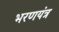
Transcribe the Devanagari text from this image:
भरणयंत्र